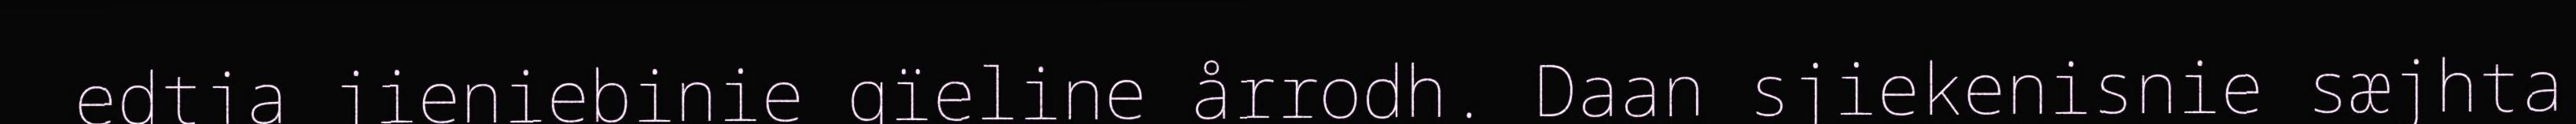
edtja jieniebinie gïeline årrodh. Daan sjiekenisnie sæjhta